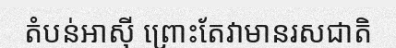
តំបន់អាស៊ី ព្រោះតែវាមានរសជាតិ